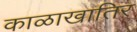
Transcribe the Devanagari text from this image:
काळाखातिर